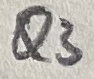
Text: Q3